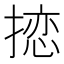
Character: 𪮠